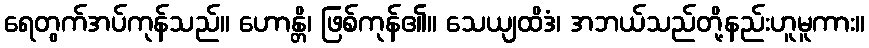
ရေတွက်အပ်ကုန်သည်။ ဟောန္တိ၊ ဖြစ်ကုန်၏။ သေယျထိဒံ၊ အဘယ်သည်တို့နည်းဟူမူကား။